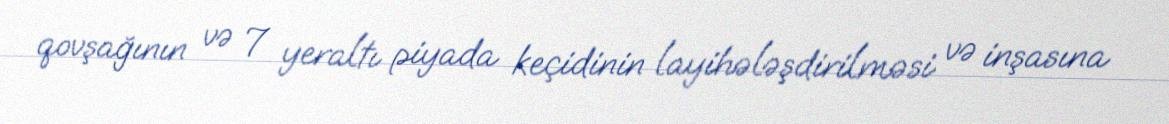
qovşağının və 7 yeraltı piyada keçidinin layihələşdirilməsi və inşasına